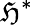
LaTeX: \mathfrak{H}^{*}